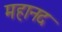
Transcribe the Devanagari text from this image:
महानद